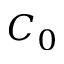
C _ { 0 }